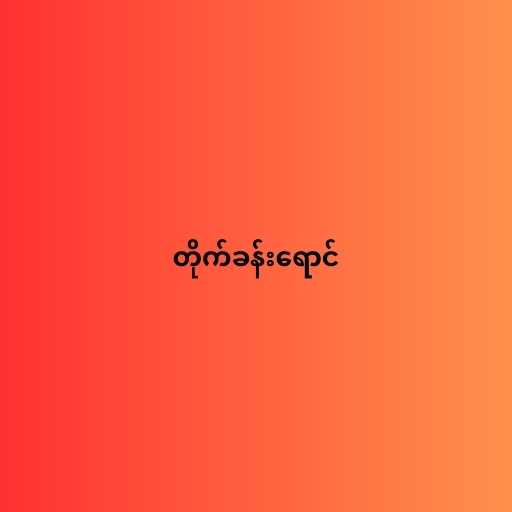
တိုက်ခန်းရောင်